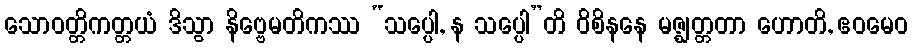
သောဝတ္တိကတ္တယံ ဒိသွာ နိဗ္ဗေမတိကဿ “သပ္ပေါ, န သပ္ပေါ”တိ ဝိစိနနေ မဇ္ဈတ္တတာ ဟောတိ, ဧဝမေဝ